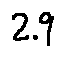
2 . 9